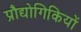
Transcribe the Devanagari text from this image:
प्रौद्योगिकियों